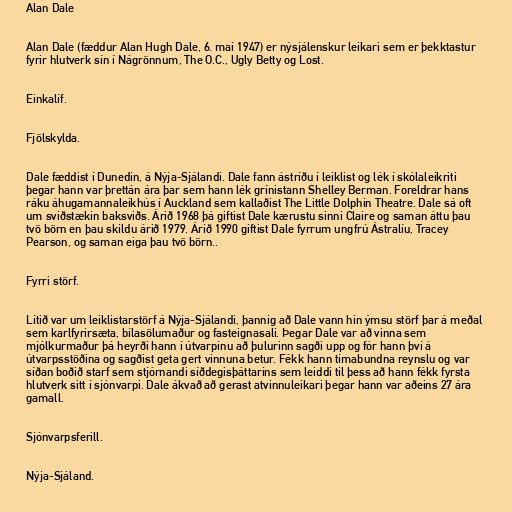
Alan Dale

Alan Dale (fæddur Alan Hugh Dale, 6. maí 1947) er nýsjálenskur leikari sem er þekktastur
fyrir hlutverk sín í Nágrönnum, The O.C., Ugly Betty og Lost.

Einkalíf.

Fjölskylda.

Dale fæddist í Dunedin, á Nýja-Sjálandi. Dale fann ástríðu í leiklist og lék í skólaleikriti
þegar hann var þrettán ára þar sem hann lék grínistann Shelley Berman. Foreldrar hans
ráku áhugamannaleikhús í Auckland sem kallaðist The Little Dolphin Theatre. Dale sá oft
um sviðstækin baksviðs. Árið 1968 þá giftist Dale kærustu sinni Claire og saman áttu þau
tvö börn en þau skildu árið 1979. Árið 1990 giftist Dale fyrrum ungfrú Ástralíu, Tracey
Pearson, og saman eiga þau tvö börn..

Fyrri störf.

Lítið var um leiklistarstörf á Nýja-Sjálandi, þannig að Dale vann hin ýmsu störf þar á meðal
sem karlfyrirsæta, bílasölumaður og fasteignasali. Þegar Dale var að vinna sem
mjólkurmaður þá heyrði hann í útvarpinu að þulurinn sagði upp og fór hann því á
útvarpsstöðina og sagðist geta gert vinnuna betur. Fékk hann tímabundna reynslu og var
síðan boðið starf sem stjórnandi síðdegisþáttarins sem leiddi til þess að hann fékk fyrsta
hlutverk sitt í sjónvarpi. Dale ákvað að gerast atvinnuleikari þegar hann var aðeins 27 ára
gamall.

Sjónvarpsferill.

Nýja-Sjáland.